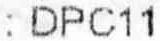
: DPC11